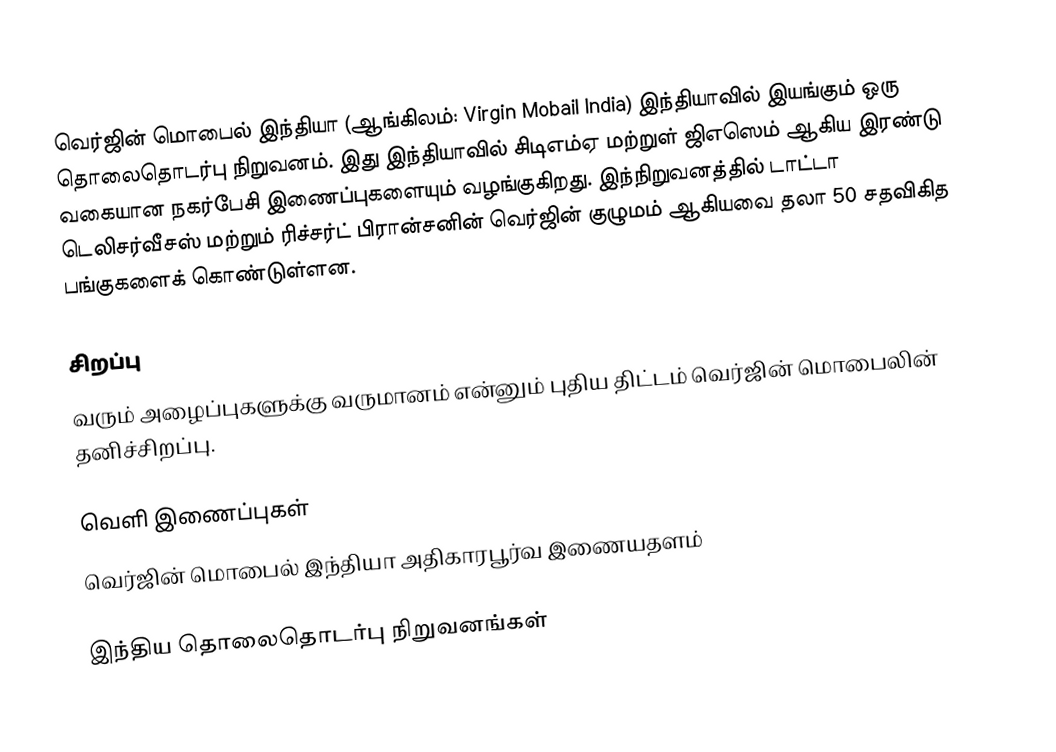
வெர்ஜின் மொபைல் இந்தியா (ஆங்கிலம்: Virgin Mobail India) இந்தியாவில் இயங்கும் ஒரு தொலைதொடர்பு நிறுவனம். இது இந்தியாவில் சிடிஎம்ஏ மற்றுள் ஜிஎஸெம் ஆகிய இரண்டு வகையான நகர்பேசி  இணைப்புகளையும் வழங்குகிறது. இந்நிறுவனத்தில் டாட்டா டெலிசர்வீசஸ் மற்றும் ரிச்சர்ட் பிரான்சனின் வெர்ஜின் குழுமம் ஆகியவை தலா 50 சதவிகித பங்குகளைக் கொண்டுள்ளன.

சிறப்பு
வரும் அழைப்புகளுக்கு வருமானம் என்னும் புதிய திட்டம் வெர்ஜின் மொபைலின் தனிச்சிறப்பு.

வெளி இணைப்புகள்
வெர்ஜின் மொபைல் இந்தியா அதிகாரபூர்வ இணையதளம்

இந்திய தொலைதொடர்பு நிறுவனங்கள்